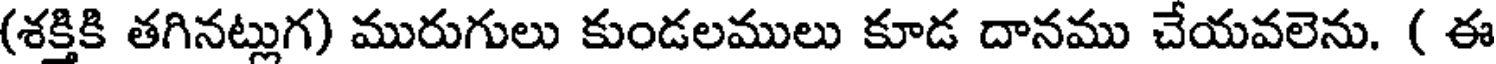
(శక్తికి తగినట్లుగ) మురుగులు కుండలములు కూడ దానము చేయవలెను. ( ఈ